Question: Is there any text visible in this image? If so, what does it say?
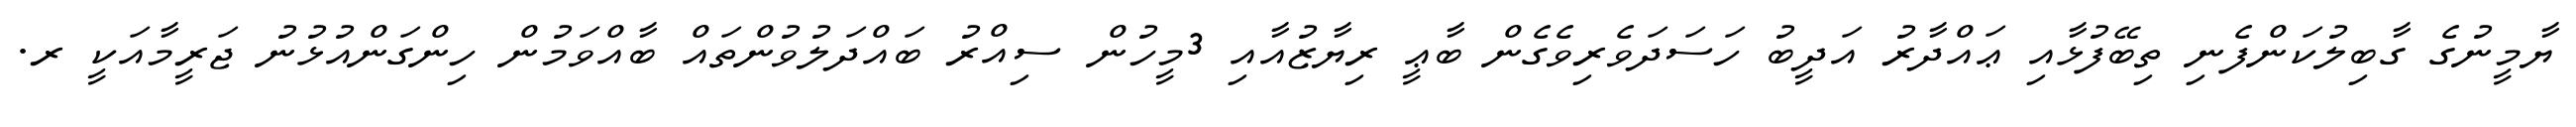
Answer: ޔާމީނުގެ ގާބިލުކަންފެނި ތިބޭފުޅާއި ޢައްދާރު އަދީބު ހަސަދަވެރިވެގެން ބާޢީ ރިޔާޒުއާއި 3މީހުން ސިއްރު ބައްދަލުވުންތައް ބާއްވަމުން ހިންގަންއުޅުނު ޖަރީމާއަކީ ރ.